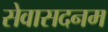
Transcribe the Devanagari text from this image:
सेवासदनम